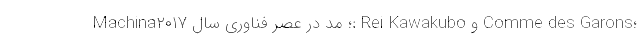
Machina؛ مد در عصر فناوری سال ۲۰۱۷: Rei Kawakubo و Comme des Garons؛